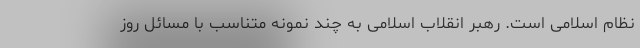
نظام اسلامی است. رهبر انقلاب اسلامی به چند نمونه متناسب با مسائل روز